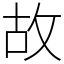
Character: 故